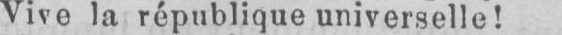
Vive la république universelle!